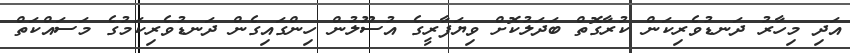
އަދި މިހާރު ދަނޑުވެރިކަން ކުރާގޮތް ބަދަލުކޮށް ވިޔަފާރީގެ އުސޫލުން ހިންގައިގެން ދަނޑުވެރިކަމުގެ މަސައްކަތް